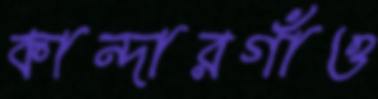
কান্দারগাঁও